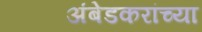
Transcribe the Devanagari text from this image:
अंबेडकरांच्या